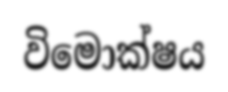
විමොක්ෂය